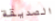
الصديقة